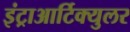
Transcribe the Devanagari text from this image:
इंट्राआर्टिक्युलर